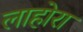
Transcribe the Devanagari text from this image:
लाहोरा